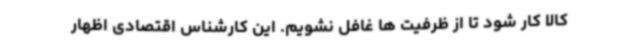
کالا کار شود تا از ظرفیت ها غافل نشویم. این کارشناس اقتصادی اظهار